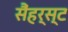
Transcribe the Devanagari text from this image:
सैंहर्स्ट